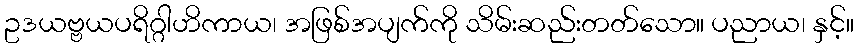
ဥဒယဗ္ဗယပရိဂ္ဂါဟိကာယ၊ အဖြစ်အပျက်ကို သိမ်းဆည်းတတ်သော။ ပညာယ၊ နှင့်။